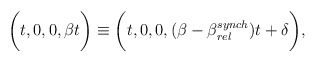
\begin{align*}\bigg(t,0,0,\beta t\bigg) \equiv\bigg(t,0,0, (\beta - \beta_{rel}^{synch}) t + \delta\bigg),\end{align*}